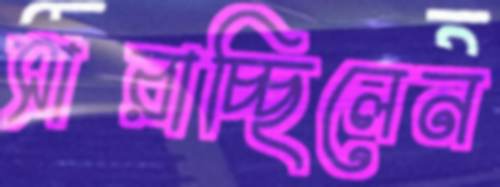
সারাচ্ছিলেন